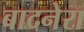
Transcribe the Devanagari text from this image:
बादनेरा